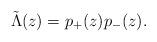
LaTeX: \begin{align*}\tilde{\Lambda}(z)=p_{+}(z)p_{-}(z).\end{align*}